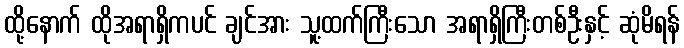
ထို့နောက် ထိုအရာရှိကပင် ချင်အား သူ့ထက်ကြီးသော အရာရှိကြီးတစ်ဦးနှင့် ဆုံမိရန်